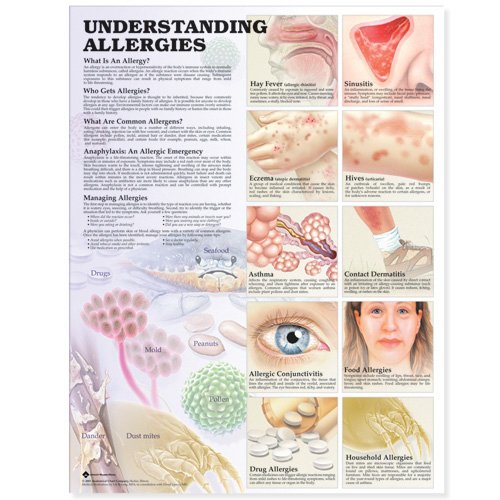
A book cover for Understanding Allergies Anatomical Chart; Anatomical Chart Company; Medical Books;